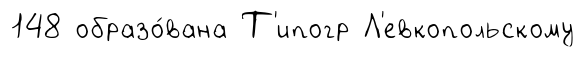
148 образо́вана Т'ипогр Л'евкопольскому